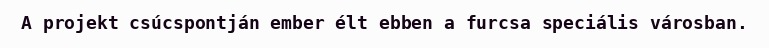
A projekt csúcspontján ember élt ebben a furcsa speciális városban.